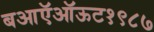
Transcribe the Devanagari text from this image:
बआऍऑऊट१९८७